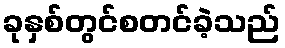
ခုနှစ်တွင်စတင်ခဲ့သည်